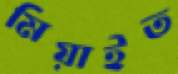
মিয়াইত